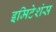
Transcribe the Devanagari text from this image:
इमिटेशंस